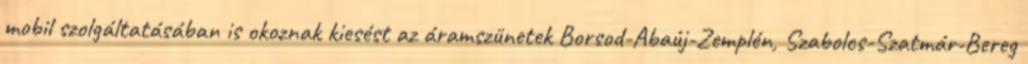
mobil szolgáltatásában is okoznak kiesést az áramszünetek Borsod-Abaúj-Zemplén, Szabolcs-Szatmár-Bereg